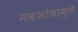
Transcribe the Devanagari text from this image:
नवशोधामुळे